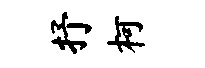
抒柯